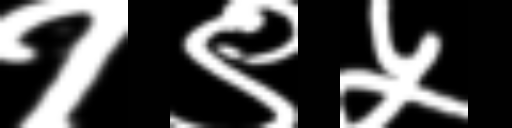
Text: १९५